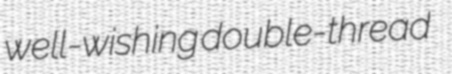
well-wishing double-thread